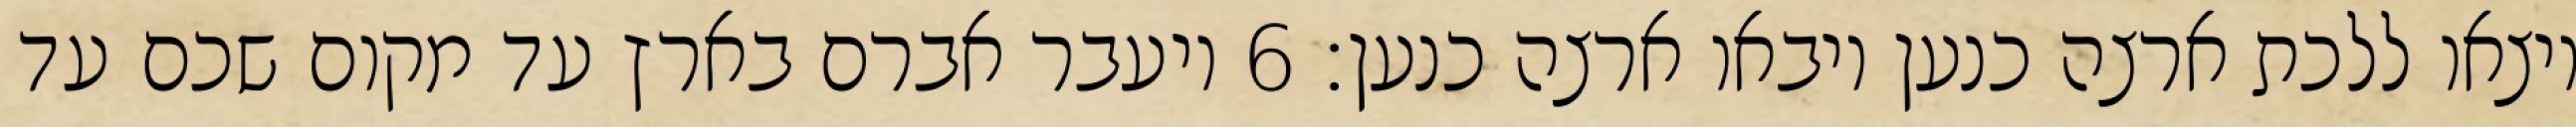
ויצאו ללכת ארצה כנען ויבאו ארצה כנען׃ ‎6‏ ויעבר אברם בארץ עד מקום שכם עד